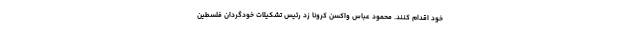
خود اقدام کنند. محمود عباس واکسن کرونا زد رئیس تشکیلات خودگردان فلسطین